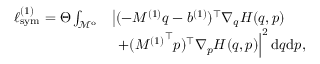
\begin{array} { r l } { \ell _ { \mathrm { s y m } } ^ { ( 1 ) } = \Theta \int _ { \mathcal { M } ^ { \mathrm { o } } } } & { \left| ( - M ^ { ( 1 ) } q - b ^ { ( 1 ) } ) ^ { \top } \nabla _ { q } H ( q , p ) \right. } \\ & { \left. ~ + ( { M ^ { ( 1 ) } } ^ { \top } p ) ^ { \top } \nabla _ { p } H ( q , p ) \right| ^ { 2 } \mathrm { d } q \mathrm { d } p , } \end{array}